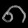
Digit: ၈